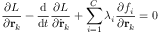
{ \frac { \partial L } { \partial \mathbf { r } _ { k } } } - { \frac { \mathrm { d } } { \mathrm { d } t } } { \frac { \partial L } { \partial { \dot { \mathbf { r } } } _ { k } } } + \sum _ { i = 1 } ^ { C } \lambda _ { i } { \frac { \partial f _ { i } } { \partial \mathbf { r } _ { k } } } = 0